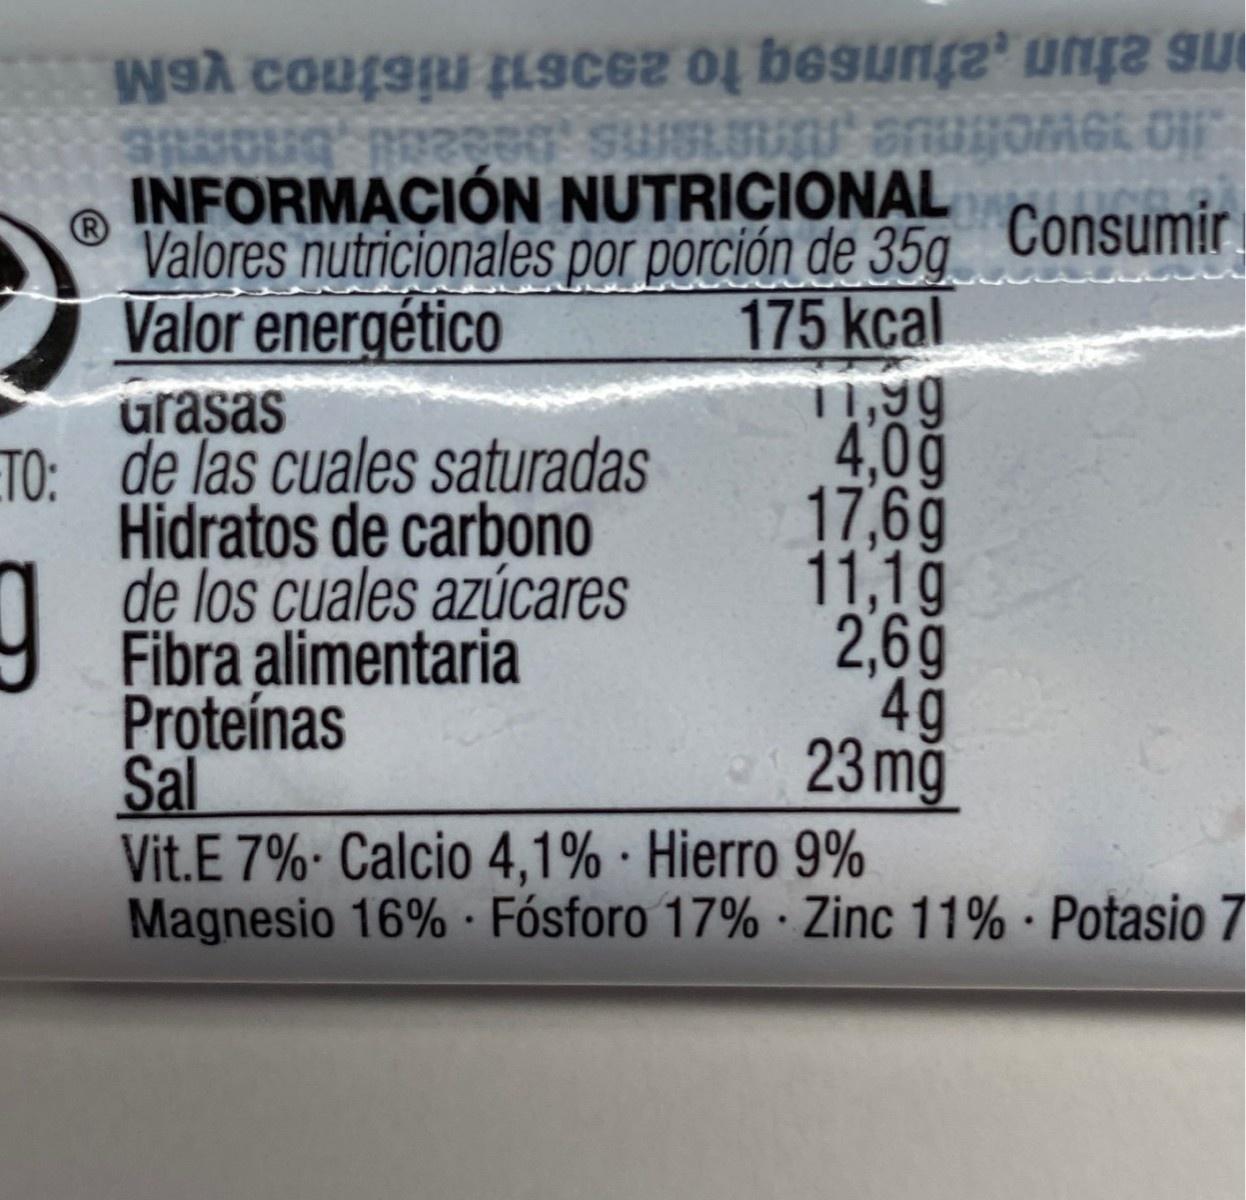
snugomet oif ns atun,atunsq to 29t nistnoa yeM SUSLU URI SPUHOMGE OIF INFORMACIÓN NUTRICIONAL Valores nutricionales por porción de 35g Consumir Valor energético urasas ETO: de las cuales saturadas Hidratos de carbono de los cuales azúcares Fibra alimentaria Proteínas Sal Vit.E 7% Calcio 4,1% · Hierro 9% Magnesio 16% Fósforo 17% · Zinc 11% · Potasio 7 175 kcal 11,9g 4,0ğ 17,6g 11,1g 2,69 4g 23 mg